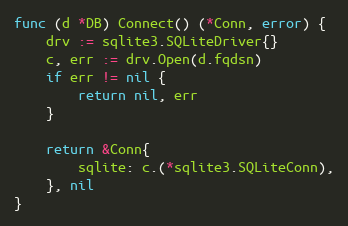
Language: Go
func (d *DB) Connect() (*Conn, error) {
	drv := sqlite3.SQLiteDriver{}
	c, err := drv.Open(d.fqdsn)
	if err != nil {
		return nil, err
	}

	return &Conn{
		sqlite: c.(*sqlite3.SQLiteConn),
	}, nil
}